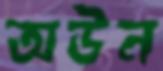
অউন